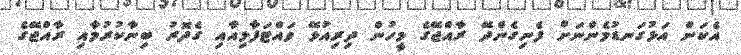
އެކަން އަޅުގަނޑުމެންނަށް ފެނިގެންދޭ ރާއްޖޭގެ މީހުން ދިރިއުޅޭ ވައްޓަފާޅިއާއި ގެދޮރު ބިނާކުރުމާއި ރާއްޖޭގެ